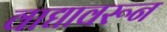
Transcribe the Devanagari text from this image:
वाद्यावरून